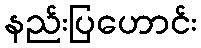
နည်းပြဟောင်း